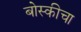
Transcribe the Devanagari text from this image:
बोस्कीचा